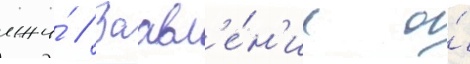
лжи́ // Заавл'е́н'ие о́